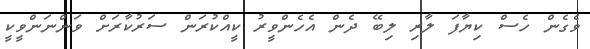
ވެގެން ހެސް ކިޔާފަ ލާރި ލިބޭ ދެން އެހެންވީރު ކީއްކުރަން ސަރުކާރަށް ވަންނަންވީކީ